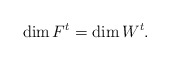
\begin{align*}\dim F^t = \dim W^t .\end{align*}